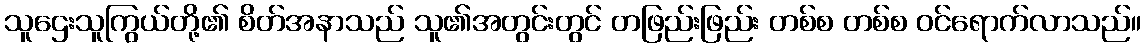
သူဌေးသူကြွယ်တို့၏ စိတ်အနာသည် သူ၏အတွင်းတွင် တဖြည်းဖြည်း တစ်စ တစ်စ ဝင်ရောက်လာသည်။